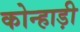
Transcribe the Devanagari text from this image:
कोन्हाड़ी